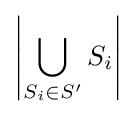
\left|\bigcup _{S_{i}\in S'}{S_{i}}\right|